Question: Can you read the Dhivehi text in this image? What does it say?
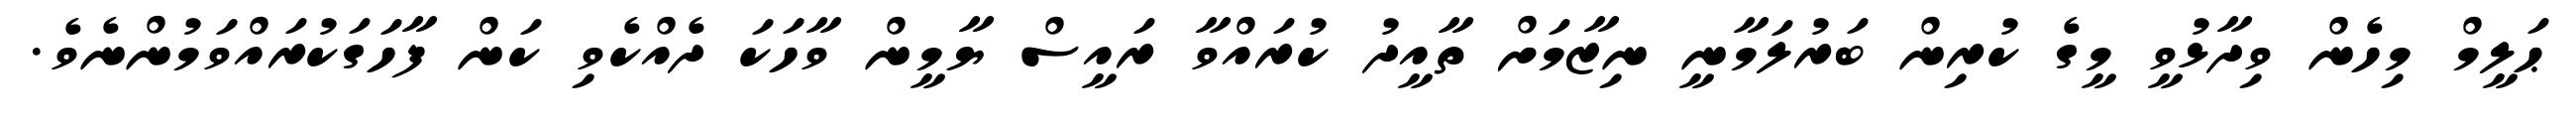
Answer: ޙަލީމް މިހެން ވިދާޅުވީ މީގެ ކުރިން ބަރުލަމާނީ ނިޒާމަށް ތާއީދު ކުރައްވާ ރައީސް ޔާމީން ވާހަކަ ދެއްކެވި ކަން ފާހަގަކުރައްވަމުންނެވެ.